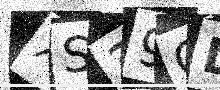
Text: XS39CL